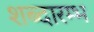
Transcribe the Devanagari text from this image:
शब्दारम्भ